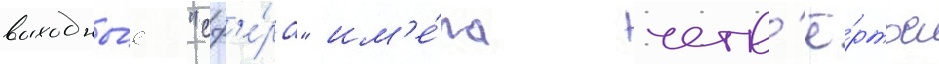
выходны́е "сф'е́ра" им'е́ла четв'ё́ртое